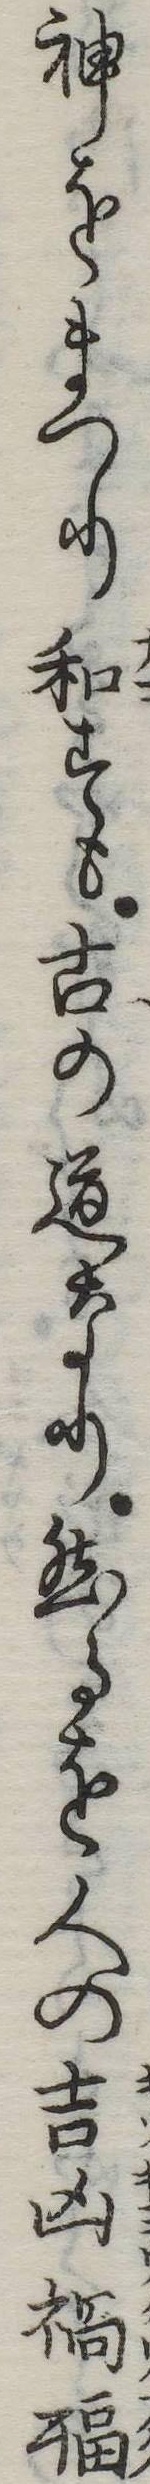
神をまつり和すも古の道なり然るを人の吉凶禍福